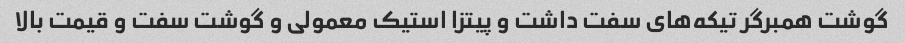
گوشت همبرگر تیکه‌های سفت داشت و پیتزا استیک معمولی و گوشت سفت و قیمت بالا